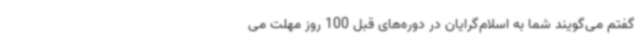
گفتم می‌گویند شما به اسلام‌گرایان در دوره‌های قبل 100 روز مهلت می